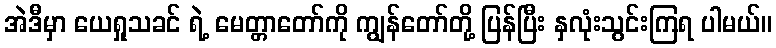
အဲဒီမှာ ယေရှုသခင် ရဲ့ မေတ္တာတော်ကို ကျွန်တော်တို့ ပြန်ပြီး နှလုံးသွင်းကြရ ပါမယ်။